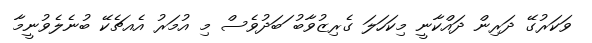
ވަކަރުގޭ ދަރިން ދައްކާނީ މިކަހަލަ ގެރިޒުވާބު ަބަދުވެސް މި އުމަރު އެއޗެކޭ ބުނެލެވުނީމާ